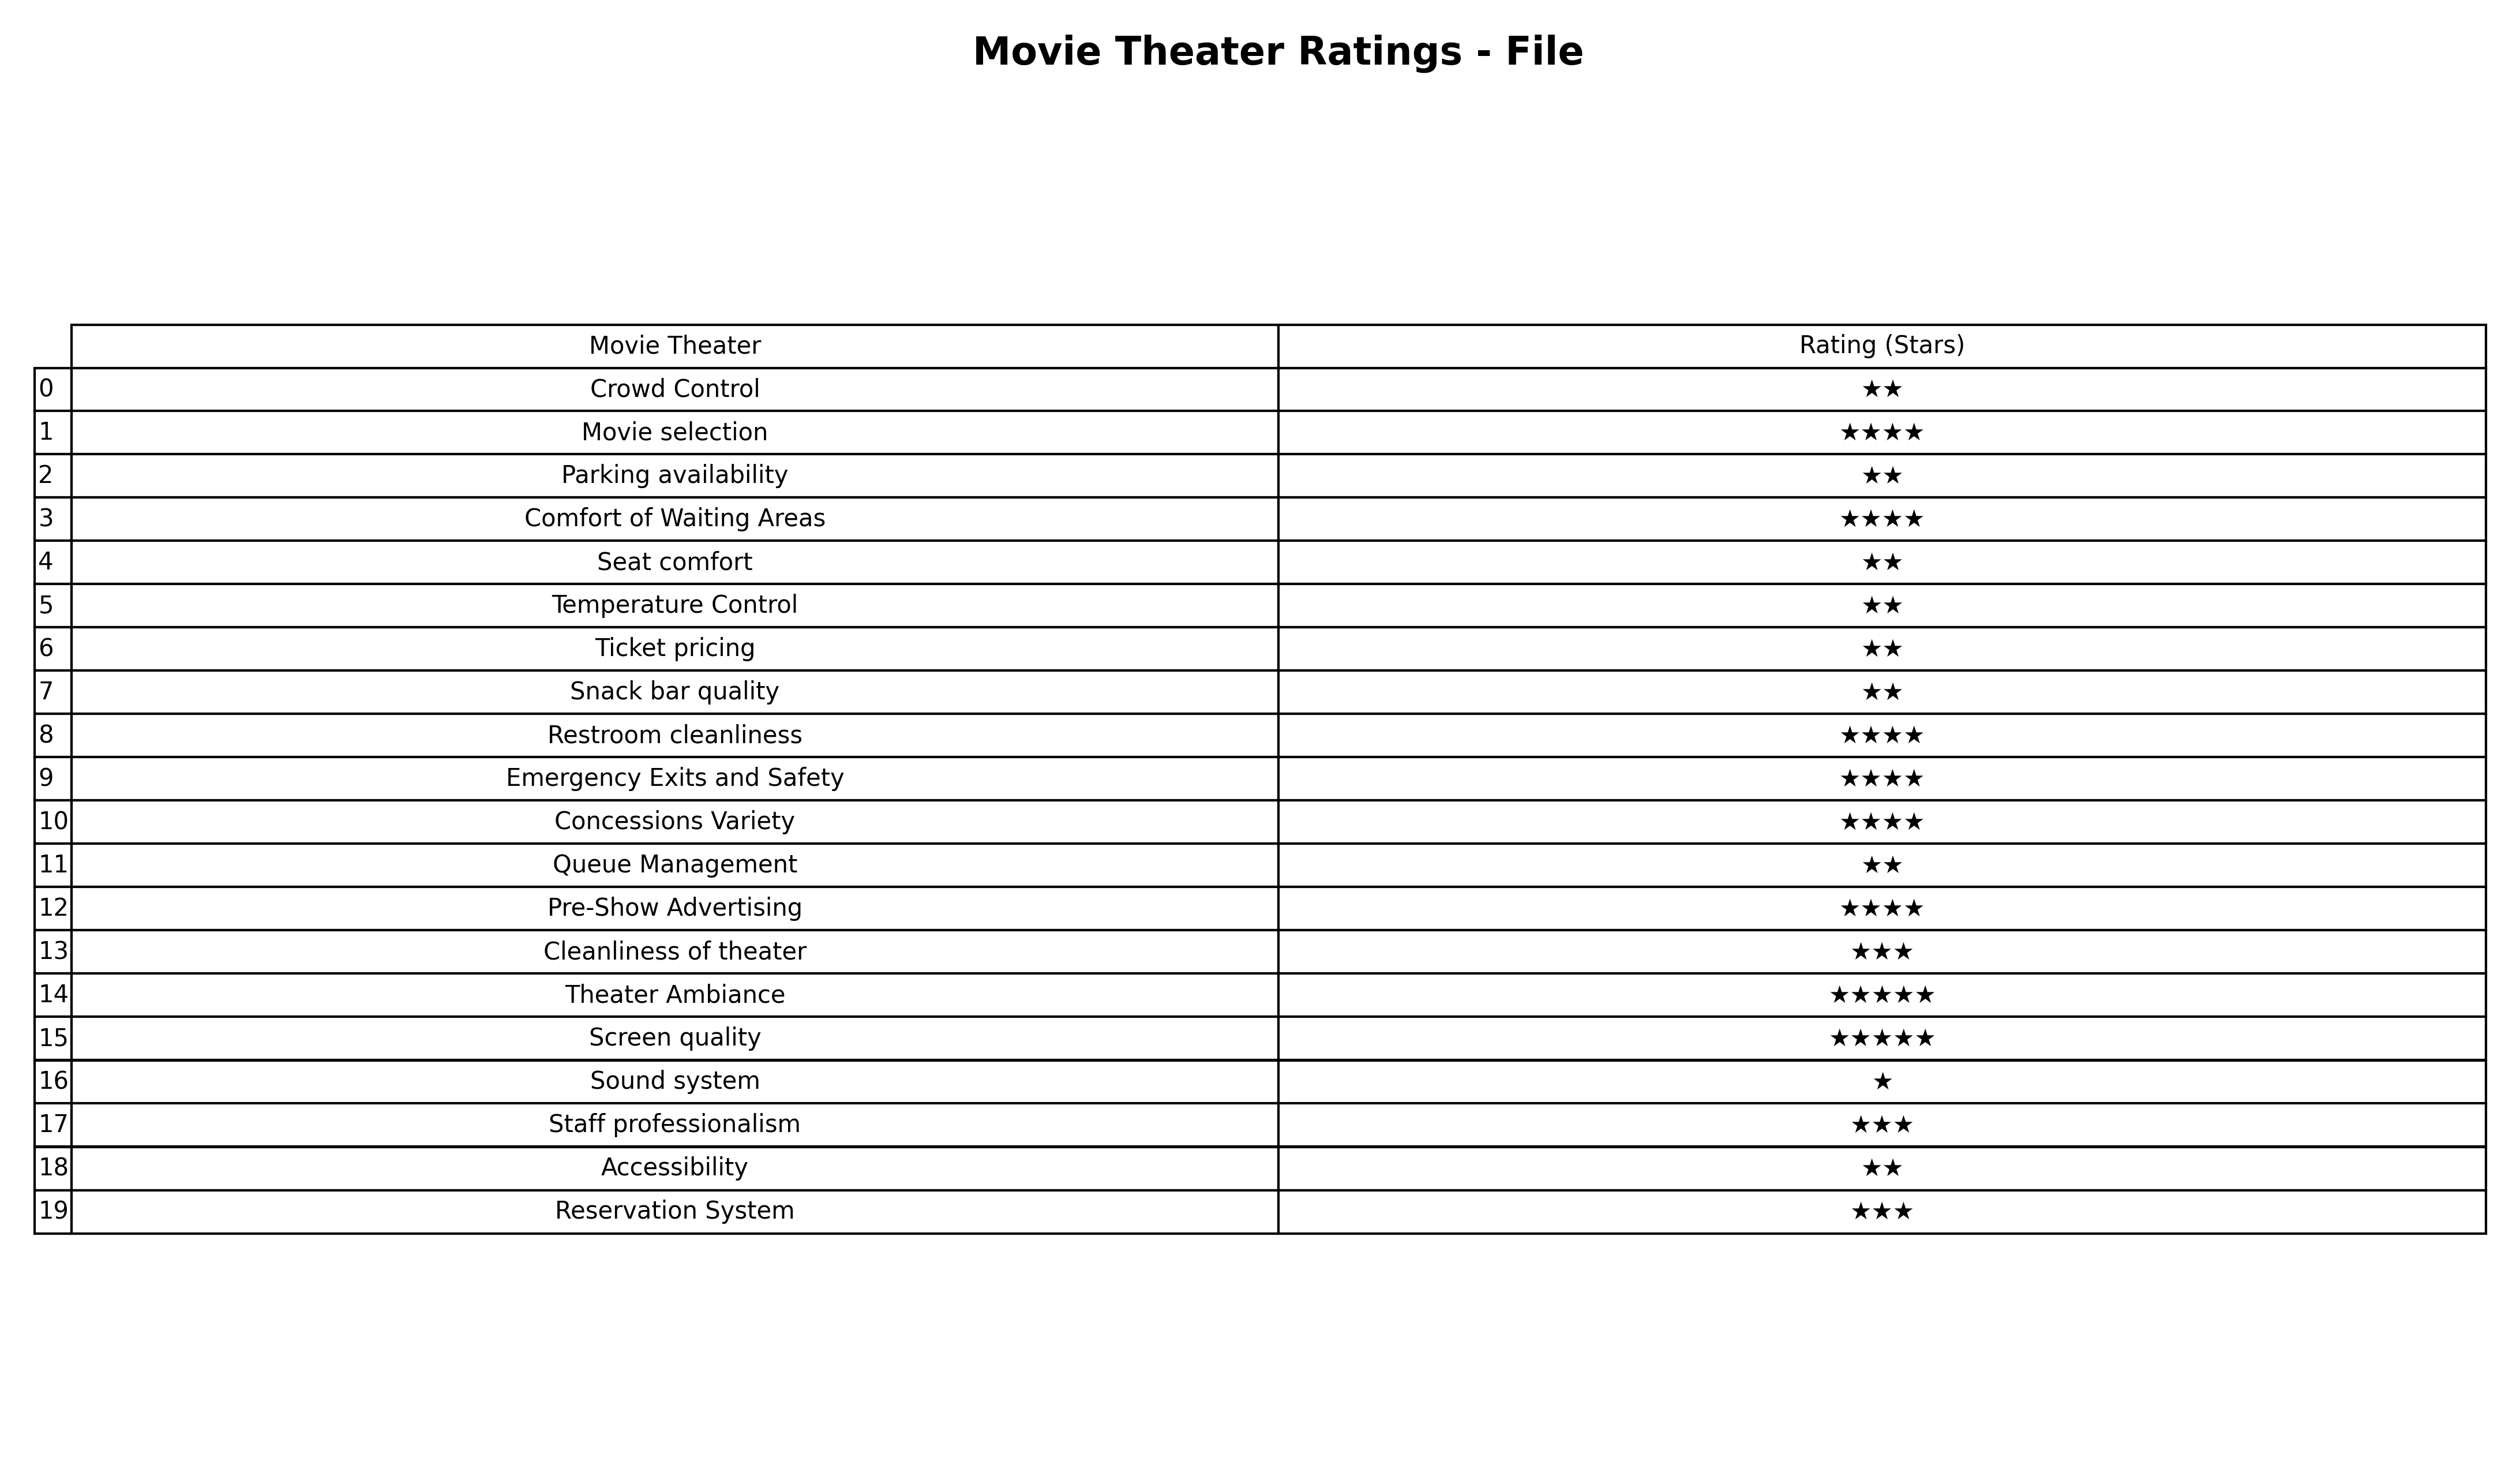
question: What are three star services?
answer: Cleanliness of theaterStaff professionalismReservation System